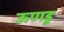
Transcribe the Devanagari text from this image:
ऊणडू